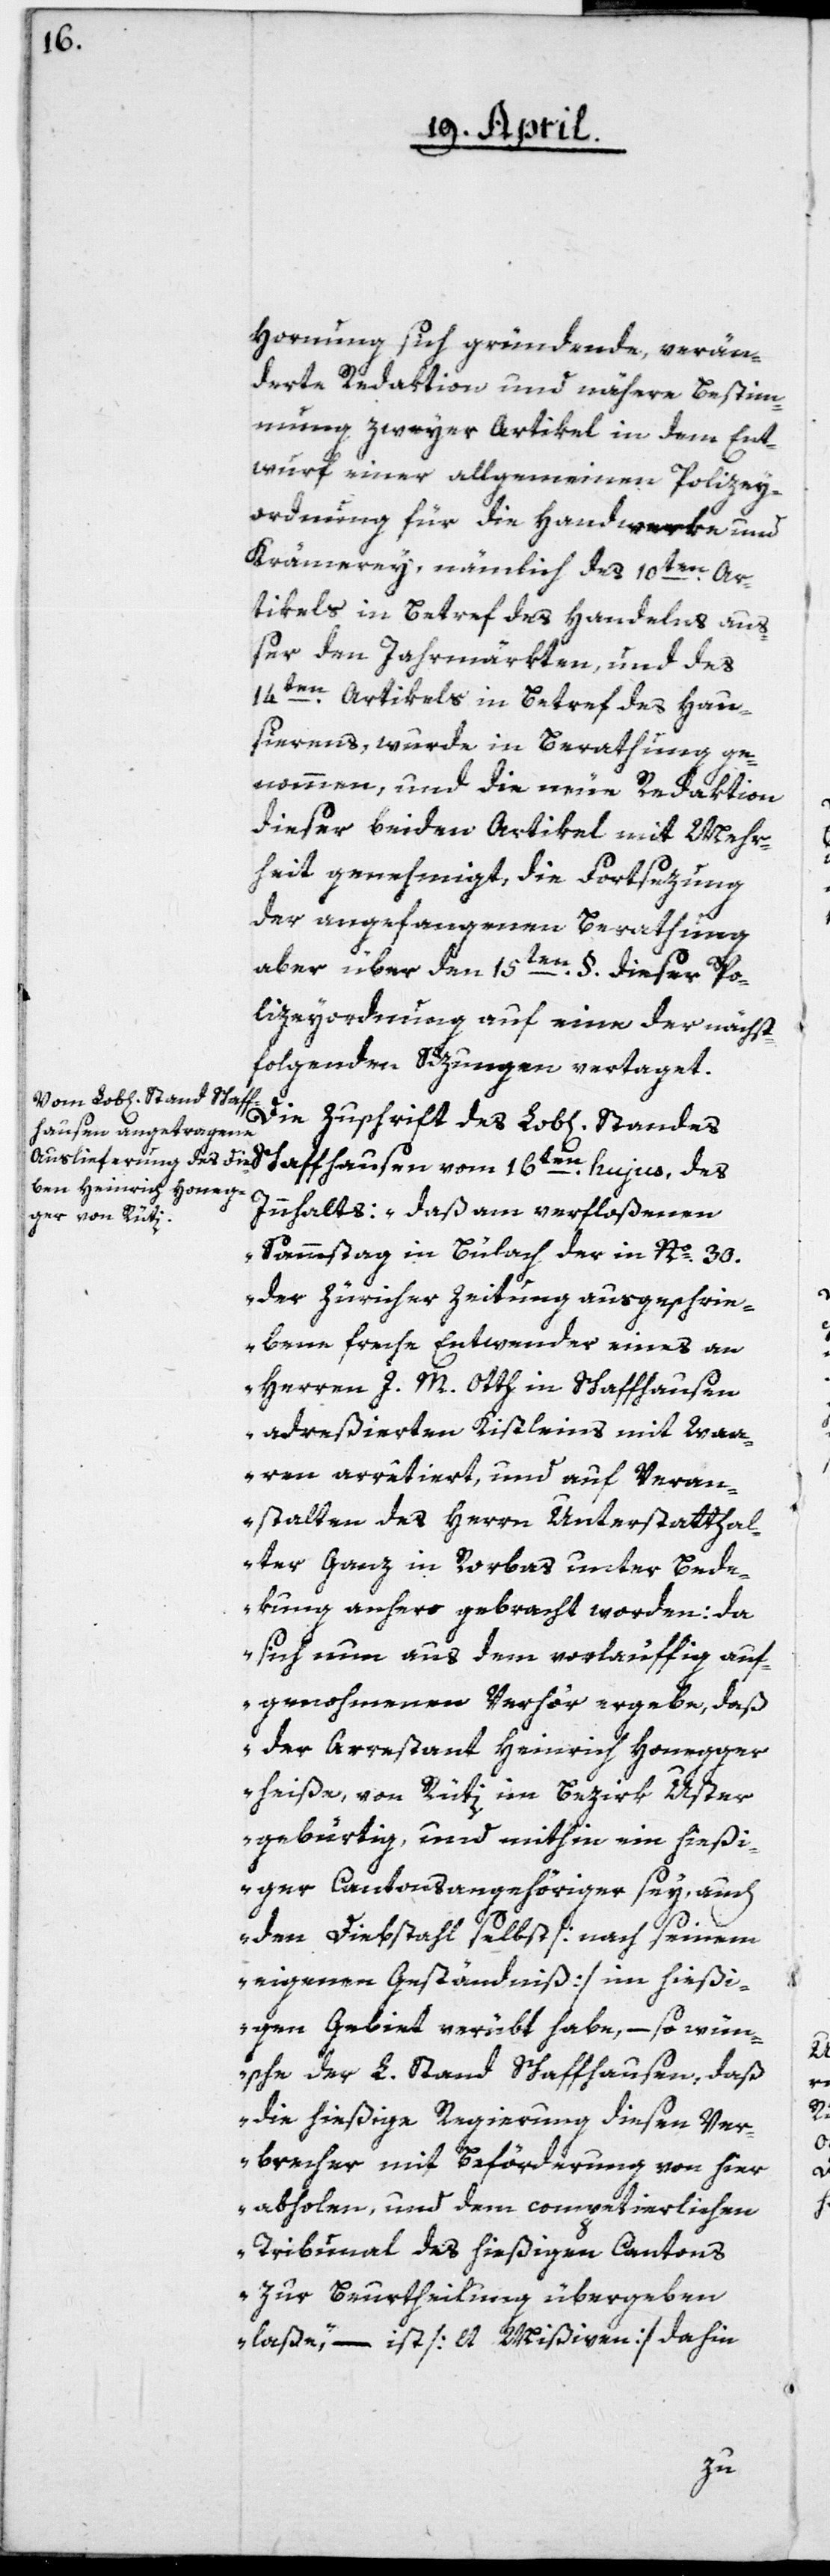
Hornung sich gründende, verän¬
derte Redaktion und nähere Bestim¬
mung zweyer Artikel in dem Ent¬
wurf einer allgemeinen Polizey¬
ordnung für die Handwerke und
Krämerey, nämlich des 10ten Ar¬
tikels in Betref des Handelns auß¬
er den Jahrmärkten, und des
14ten Artikels in Betref des Hau¬
sierens, wurde in Berathung ge¬
nommen, und die neue Redaktion
dieser beiden Artikel mit Mehr¬
heit genehmigt, die Fortsezung
der angefangenen Berathung
aber über den 15ten § dieser Po¬
lizeyordnung auf eine der nächst¬
folgenden Sizungen vertaget.
Innhalts: „daß am verfloßenen
Sammstag in Bülach der in Nº 30.
der Züricher Zeitung ausgeschrie¬
bene freche Entwender eines an
Herren J. M. Otth in Schaffhausen
adreßierten Kistleins mit Waa¬
ren arrêtiert und auf Veran¬
stalten des Herrn Unterstatthal¬
ter Ganz in Rorbas unter Bede¬
kung anhero gebracht worden; da
sich nun aus dem vorläuffig auf¬
genohmenen Verhör ergebe, daß
der Arrestant Heinrich Honegger
heiße, von Rüti im Bezirk Uster
gebürtig, und mithin ein hießi¬
ger Cantonsangehöriger sey, auch
den Diebstahl selbst [nach seinem
eigenen Geständniß] im hießi¬
gen Gebiet verübt habe, – so wün¬
sche der L. Stand Schaffhausen, daß
die hiesige Regierung diesen Ver¬
brecher mit Beförderung von hier
abholen, und dem competierlichen
Tribunal des hießigen Cantons
zur Beurtheilung übergeben
laße“, – ist [lt. Mißiven] dahin